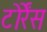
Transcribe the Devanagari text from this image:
टोर्रेंस